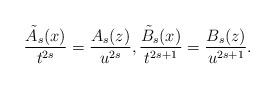
LaTeX: \begin{gather*}\frac{\tilde A_s(x)}{t^{2s}} =\frac{A_s(z)}{u^{2s}},\frac{\tilde B_s(x)}{t^{2s+1}} =\frac{B_s(z)}{u^{2s+1}}.\end{gather*}